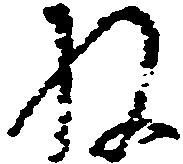
ね